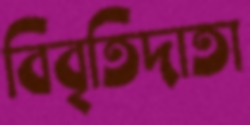
বিবৃতিদাতা